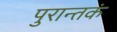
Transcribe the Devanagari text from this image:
पुरान्तकं